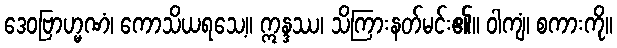
ဒေဝဗြာဟ္မဏံ၊ ကောသိယရသေ့။ ဣန္ဒဿ၊ သိကြားနတ်မင်း၏။ ဝါကျံ၊ စကားကို။